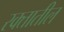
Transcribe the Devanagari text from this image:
रक्‍तातील